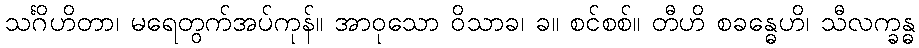
သင်္ဂိဟိတာ၊ မရေတွက်အပ်ကုန်။ အာဝုသော ဝိသာခ၊ ခ။ စင်စစ်။ တီဟိ စခန္ဓေဟိ၊ သီလက္ခန္ဓ